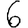
Digit: 6